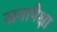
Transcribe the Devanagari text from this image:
सनापेक्षा